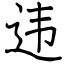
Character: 违